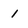
Character: 1